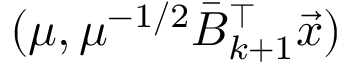
( \mu , \mu ^ { - 1 / 2 } \bar { B } _ { k + 1 } ^ { \top } \vec { x } )